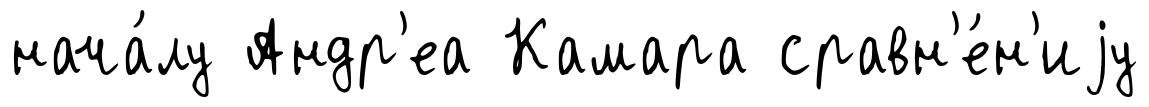
нача́лу Андр'еа Камара сравн'е́н'иjу